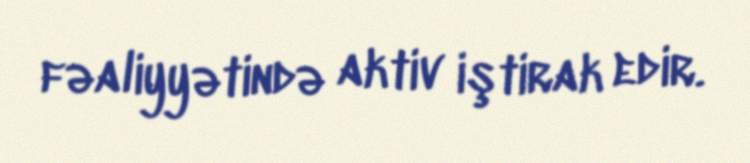
fəaliyyətində aktiv iştirak edir.